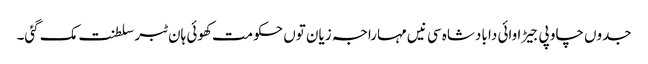
جدوں چاو پی جیڑا وائی دا بادشاہ سی نیں مہاراجہ زیان توں حکومت کھوئی ہان ٹبر سلطنت مک گئی۔